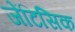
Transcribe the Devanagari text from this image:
जेंटिसिक